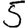
Digit: 5